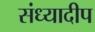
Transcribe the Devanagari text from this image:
संध्यादीप